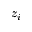
z _ { i }